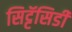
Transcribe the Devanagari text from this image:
सिट्टॅसिडी